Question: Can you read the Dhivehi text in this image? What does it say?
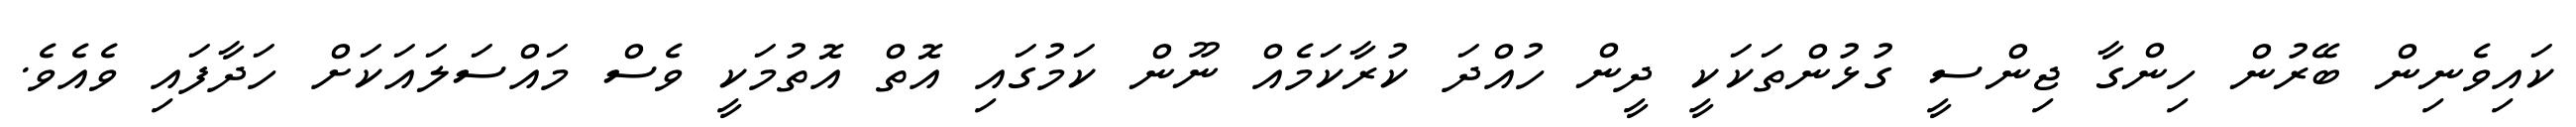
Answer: ކައިވެނިން ބޭރުން ހިންގާ ޖިންސީ ގުޅުންތަކަކީ ދީން ހުއްދަ ކުރާކަމެއް ނޫން ކަމުގައި އޮތް އޮތުމަކީ ވެސް މައްސަލައަކަށް ހަދާފައި ވެއެވެ.